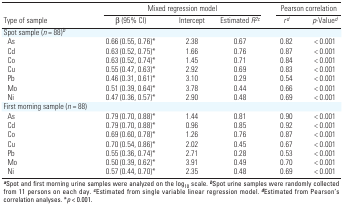
<table><thead><tr><td rowspan="2"><b>Type of sample</b></td><td colspan="3"><b>Mixed regression model</b></td><td colspan="2"><b>Pearson correlation</b></td></tr><tr><td><b>β (95% CI)</b></td><td><b>Intercept</b></td><td><b>Estimated <i>R</i><sup><i>2c</i></sup></b></td><td><b><i>r</i><sup><i>d</i></sup></b></td><td><b><i>p</i>-Value<sup><i>d</i></sup></b></td></tr></thead><tbody><tr><td><b>Spot sample (<i>n</i> = 88)<sup><i>b</i></sup></b></td></tr><tr><td><b>As</b></td><td>0.66 (0.55, 0.76)*</td><td>2.38</td><td>0.67</td><td>0.82</td><td>&lt; 0.001</td></tr><tr><td><b>Cd </b></td><td>0.63 (0.52, 0.75)*</td><td>1.66</td><td>0.76</td><td>0.87</td><td>&lt; 0.001</td></tr><tr><td><b>Co</b></td><td>0.63 (0.52, 0.74)*</td><td>1.45</td><td>0.71</td><td>0.84</td><td>&lt; 0.001</td></tr><tr><td><b>Cu</b></td><td>0.55 (0.47, 0.63)*</td><td>2.92</td><td>0.69</td><td>0.83</td><td>&lt; 0.001</td></tr><tr><td><b>Pb </b></td><td>0.46 (0.31, 0.61)*</td><td>3.10</td><td>0.29</td><td>0.54</td><td>&lt; 0.001</td></tr><tr><td><b>Mo </b></td><td>0.51 (0.39, 0.64)*</td><td>3.78</td><td>0.44</td><td>0.66</td><td>&lt; 0.001</td></tr><tr><td><b>Ni</b></td><td>0.47 (0.36, 0.57)*</td><td>2.90</td><td>0.48</td><td>0.69</td><td>&lt; 0.001</td></tr><tr><td><b>First morning sample (<i>n</i> = 88)</b></td></tr><tr><td><b>As</b></td><td>0.79 (0.70, 0.88)*</td><td>1.44</td><td>0.81</td><td>0.90</td><td>&lt; 0.001</td></tr><tr><td><b>Cd </b></td><td>0.79 (0.70, 0.88)*</td><td>0.96</td><td>0.85</td><td>0.92</td><td>&lt; 0.001</td></tr><tr><td><b>Co</b></td><td>0.69 (0.60, 0.78)*</td><td>1.26</td><td>0.76</td><td>0.87</td><td>&lt; 0.001</td></tr><tr><td><b>Cu</b></td><td>0.70 (0.54, 0.86)*</td><td>2.02</td><td>0.45</td><td>0.67</td><td>&lt; 0.001</td></tr><tr><td><b>Pb </b></td><td>0.55 (0.36, 0.74)*</td><td>2.71</td><td>0.28</td><td>0.53</td><td>&lt; 0.001</td></tr><tr><td><b>Mo </b></td><td>0.50 (0.39, 0.62)*</td><td>3.91</td><td>0.49</td><td>0.70</td><td>&lt; 0.001</td></tr><tr><td><b>Ni</b></td><td>0.57 (0.44, 0.70)*</td><td>2.35</td><td>0.48</td><td>0.69</td><td>&lt; 0.001</td></tr><tr><td colspan="6"><sup><i><b>a</b></i></sup>Spot and first morning urine samples were analyzed on the log<sub>10</sub> scale. <sup><i><b>b</b></i></sup>Spot urine samples were randomly collected from 11 persons on each day. <sup><i><b>c</b></i></sup>Estimated from single variable linear regression model. <sup><i><b>d</b></i></sup>Estimated from Pearson’s correlation analyses. *<i>p</i> &lt; 0.001. </td></tr></tbody></table>